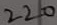
Text: 220